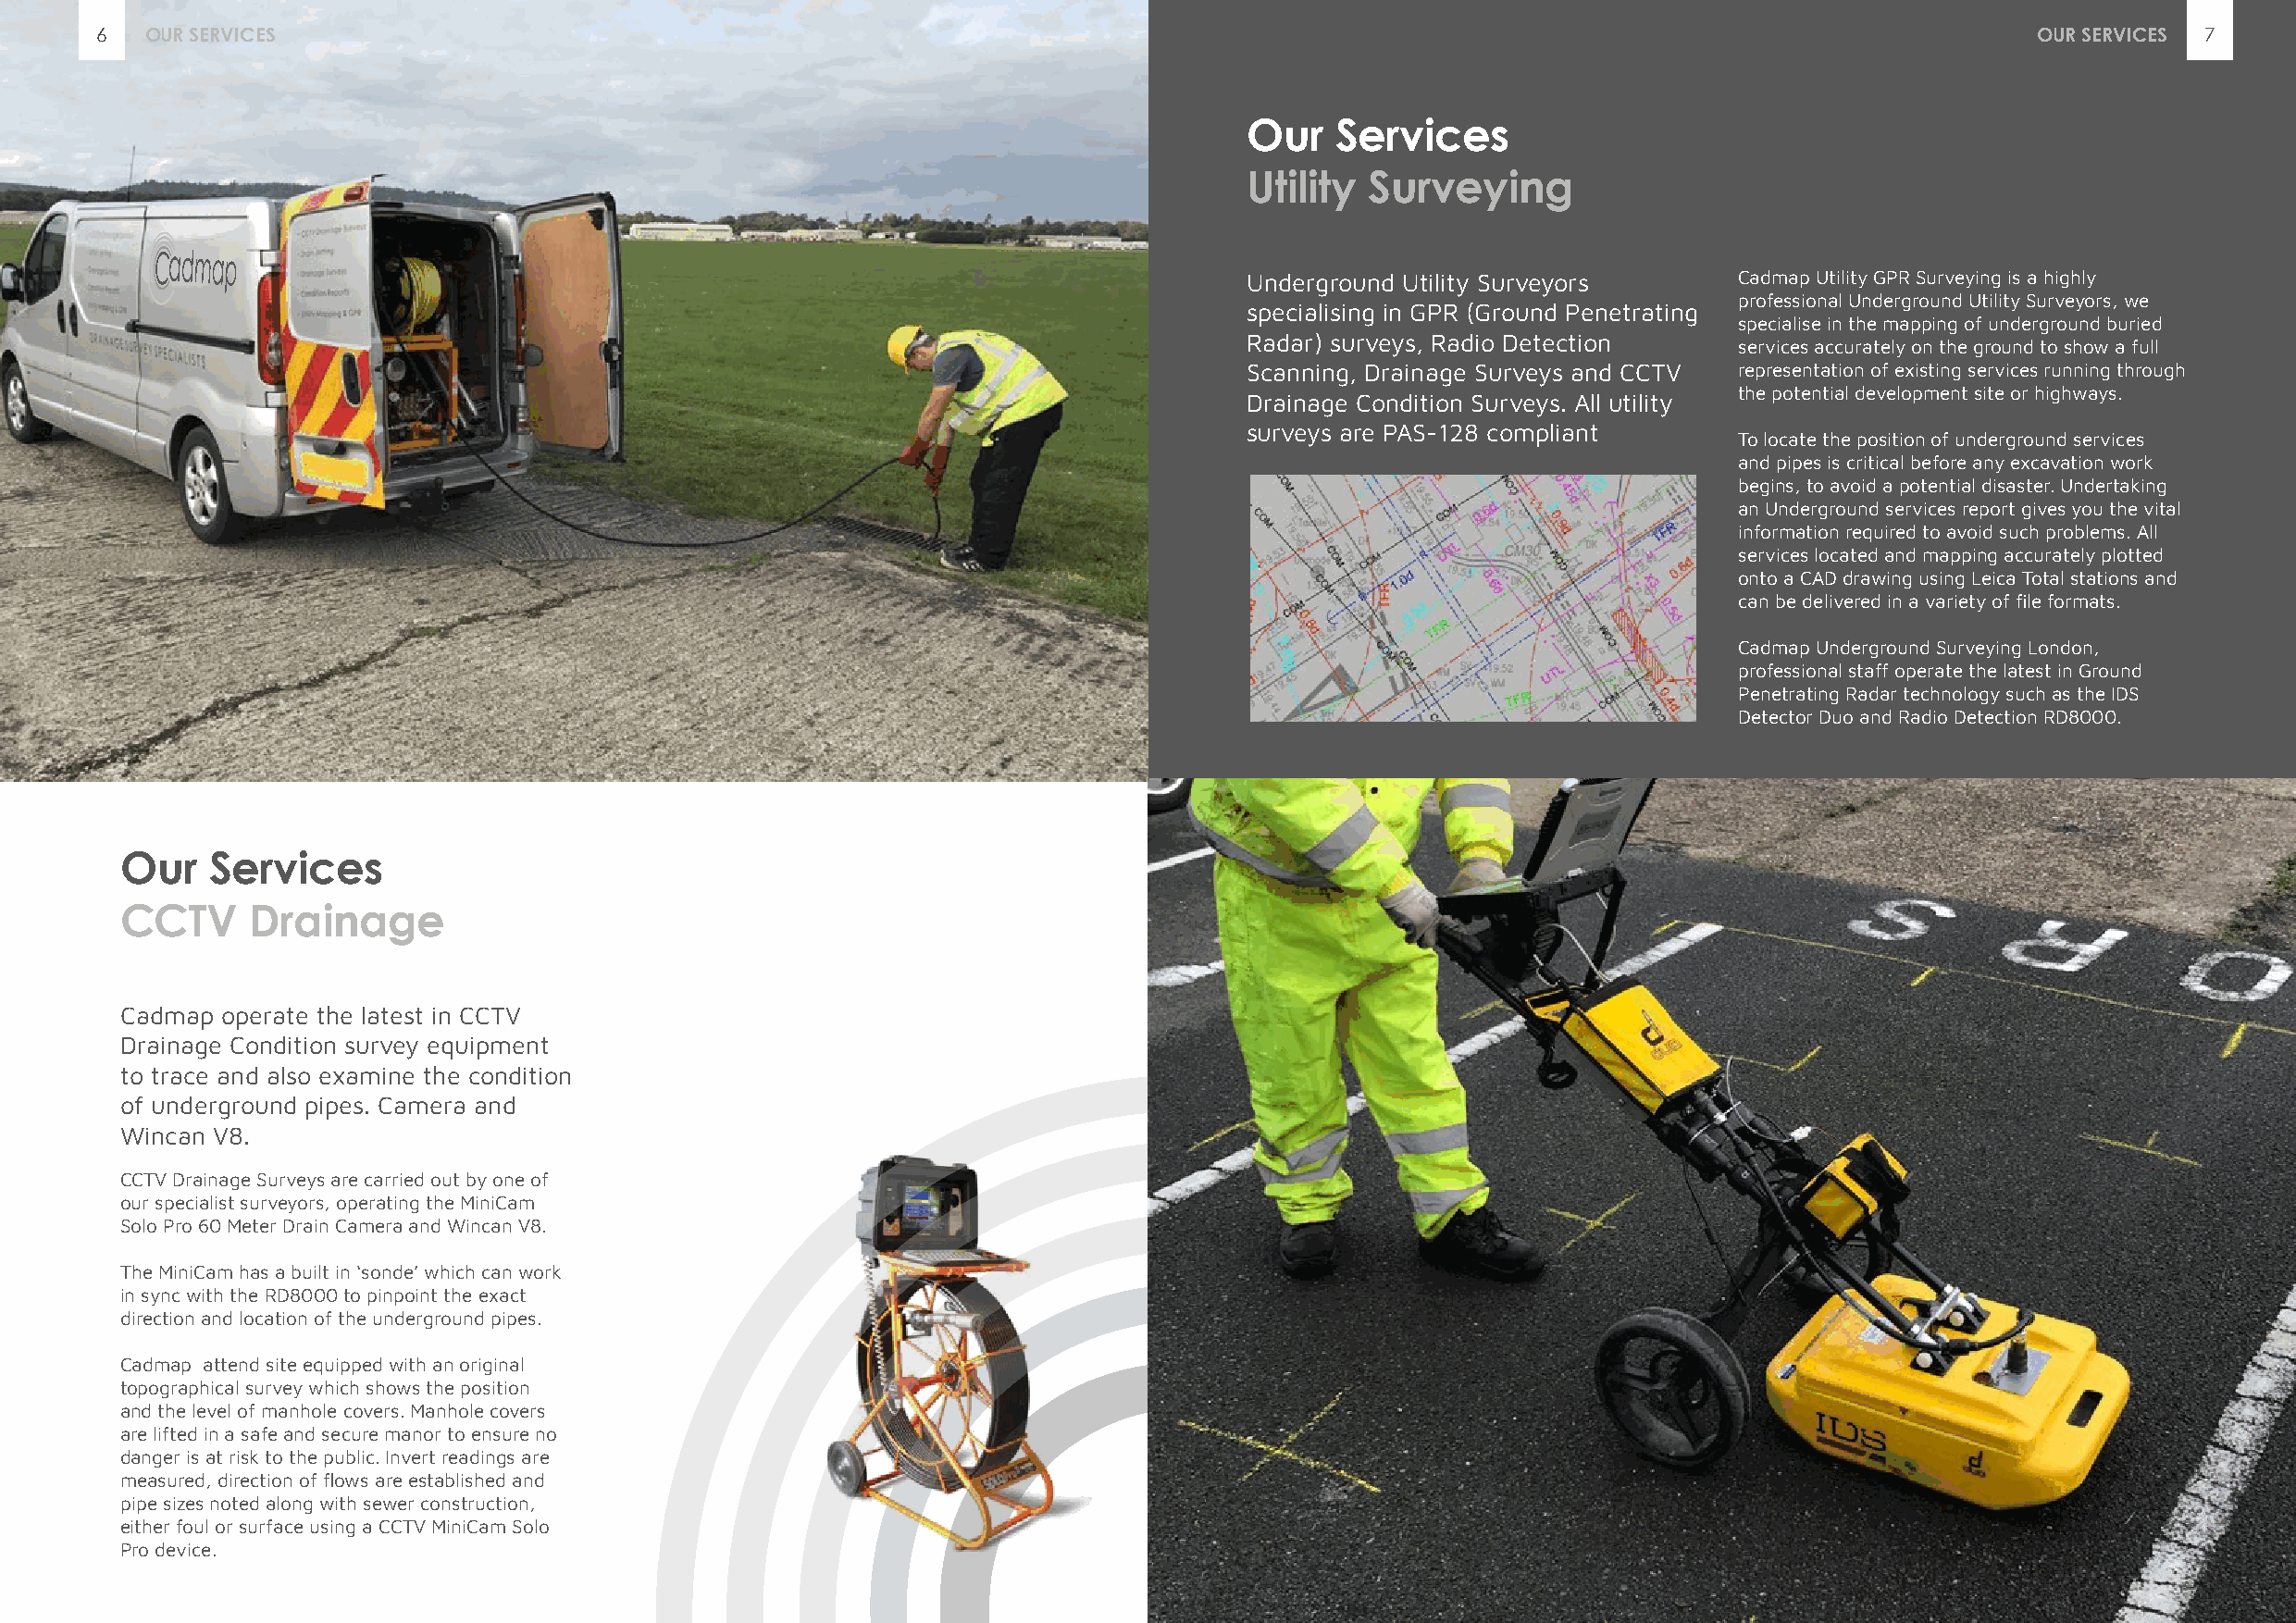
6  OUR SERVICES                                                                                                                            OUR SERVICES 7
 Our   Services
 Utility  Surveying
 Underground Utility Surveyors      Cadmap Utility GPR Surveying is a highly
 professional Underground Utility Surveyors, we
 specialising in GPR (Ground Penetrating
 specialise in the mapping of underground buried
 Radar) surveys, Radio Detection
 services accurately on the ground to show a full
 Scanning, Drainage Surveys and CCTV representation of existing services running through
 the potential development site or highways.
 Drainage Condition Surveys. All utility
 surveys are PAS-128 compliant
 To locate the position of underground services
 and pipes is critical before any excavation work
 begins, to avoid a potential disaster. Undertaking
 an Underground services report gives you the vital
 information required to avoid such problems. All
 services located and mapping accurately plotted
 onto a CAD drawing using Leica Total stations and
 can be delivered in a variety of file formats.
 Cadmap Underground Surveying London,
 professional staff operate the latest in Ground
 Penetrating Radar technology such as the IDS
 Detector Duo and Radio Detection RD8000.
 Our   Services
 CCTV     Drainage
 Cadmap operate the latest in CCTV
 Drainage Condition survey equipment
 to trace and also examine the condition
 of underground pipes. Camera and
 Wincan V8.
 CCTV Drainage Surveys are carried out by one of
 our specialist surveyors, operating the MiniCam
 Solo Pro 60 Meter Drain Camera and Wincan V8.
 The MiniCam has a built in ‘sonde’ which can work
 in sync with the RD8000 to pinpoint the exact
 direction and location of the underground pipes.
 Cadmap attend site equipped with an original
 topographical survey which shows the position
 and the level of manhole covers. Manhole covers
 are lifted in a safe and secure manor to ensure no
 danger is at risk to the public. Invert readings are
 measured, direction of flows are established and
 pipe sizes noted along with sewer construction,
 either foul or surface using a CCTV MiniCam Solo
 Pro device.